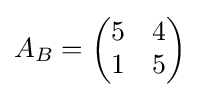
A_{B}={\begin{pmatrix}5&4\\1&5\end{pmatrix}}